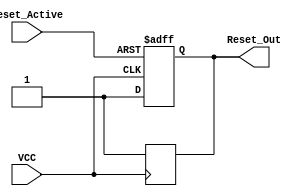
module PowerOnReset (
    input wire VCC,                // Power supply voltage signal
    input wire Reset_Active,       // Control signal to assert reset
    output reg Reset_Out           // Output reset signal
);

    // Parameters
    parameter RESET_DURATION = 1000000; // Duration of reset in clock cycles (adjust as needed)
    parameter VCC_THRESHOLD = 1'b1;      // Threshold for VCC to be considered stable

    // Internal signals
    reg [19:0] counter;                // Counter for delay
    reg stable_power;                  // Indicates if power is stable
    reg reset_active;                  // Indicates if reset is active

    // State machine for reset logic
    always @(posedge VCC or posedge Reset_Active) begin
        if (Reset_Active) begin
            Reset_Out <= 1'b1;         // Assert reset if Reset_Active is high
            reset_active <= 1'b1;      // Set reset active flag
            counter <= 0;               // Reset counter
        end else if (VCC == VCC_THRESHOLD) begin
            stable_power <= 1'b1;       // Power is stable
            counter <= 0;               // Reset counter
            Reset_Out <= 1'b1;          // Keep reset asserted
        end else if (stable_power) begin
            if (counter < RESET_DURATION) begin
                counter <= counter + 1; // Increment counter
                Reset_Out <= 1'b1;      // Keep reset asserted
            end else begin
                Reset_Out <= 1'b0;      // Deassert reset after duration
            end
        end
    end

    // Monitor for VCC drop below threshold
    always @(negedge VCC) begin
        stable_power <= 1'b0;           // Power is not stable
        Reset_Out <= 1'b1;              // Assert reset
        reset_active <= 1'b0;           // Clear reset active flag
    end

endmodule